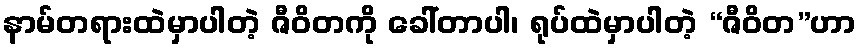
နာမ်တရားထဲမှာပါတဲ့ ဇီဝိတကို ခေါ်တာပါ၊ ရုပ်ထဲမှာပါတဲ့ “ဇီဝိတ”ဟာ